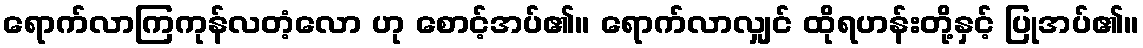
ရောက်လာကြကုန်လတံ့လော ဟု စောင့်အပ်၏။ ရောက်လာလျှင် ထိုရဟန်းတို့နှင့် ပြုအပ်၏။